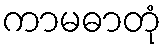
ကာမဓာတုံ